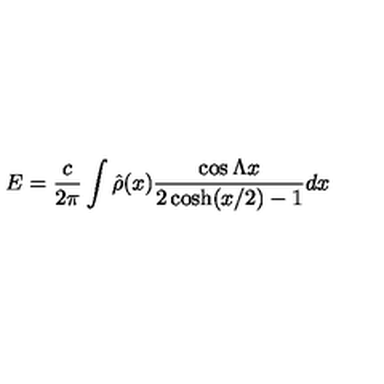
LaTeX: E = { \frac { c } { 2 \pi } } \int \hat { \rho } ( x ) { \frac { \cos \Lambda x } { 2 \cosh ( x / 2 ) - 1 } } d x